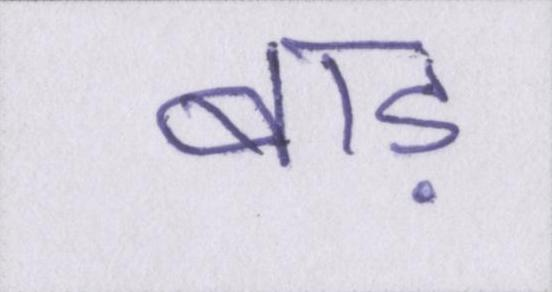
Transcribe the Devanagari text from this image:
बाड़